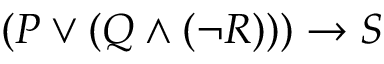
( P \vee ( Q \wedge ( \neg R ) ) ) \rightarrow S